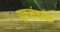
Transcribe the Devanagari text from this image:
एकसंसदीय